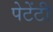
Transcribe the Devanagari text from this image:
पेटेंटी